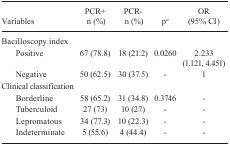
<table><thead><tr><td><b>Variables</b></td><td><b>PCR+ n (%)</b></td><td><b>PCR- n (%)</b></td><td><b>p<sup><i>a</i></sup></b></td><td><b>OR (95% CI)</b></td></tr></thead><tbody><tr><td colspan="5">Bacilloscopy index</td></tr><tr><td>Positive</td><td>67 (78.8)</td><td>18 (21.2)</td><td>0.0260</td><td>2.233 (1.121, 4.451)</td></tr><tr><td>Negative</td><td>50 (62.5)</td><td>30 (37.5)</td><td>-</td><td>1</td></tr><tr><td colspan="5">Clinical classification</td></tr><tr><td>Borderline</td><td>58 (65.2)</td><td>31 (34.8)</td><td>0.3746</td><td>-</td></tr><tr><td>Tuberculoid</td><td>27 (73)</td><td>10 (27)</td><td>-</td><td>-</td></tr><tr><td>Lepromatous</td><td>34 (77.3)</td><td>10 (22.3)</td><td>-</td><td>-</td></tr><tr><td>Indeterminate</td><td>5 (55.6)</td><td>4 (44.4)</td><td>-</td><td>-</td></tr></tbody></table>